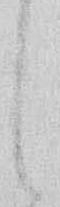
し